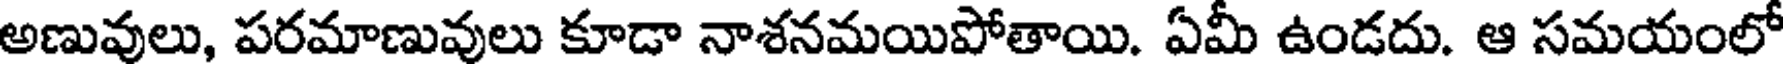
అణువులు, పరమాణువులు కూడా నాశనమయిపోతాయి. ఏమీ ఉండదు. ఆ సమయంలో